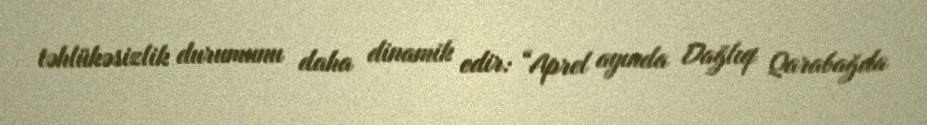
təhlükəsizlik durumunu daha dinamik edir: “Aprel ayında Dağlıq Qarabağda